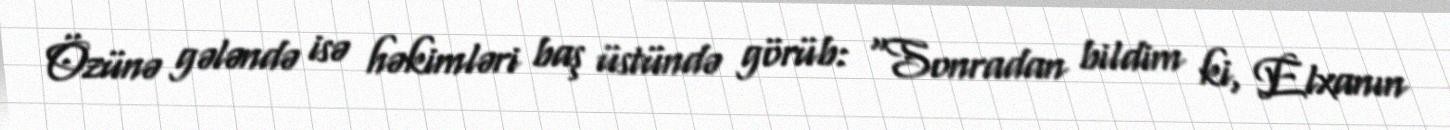
Özünə gələndə isə həkimləri baş üstündə görüb: “Sonradan bildim ki, Elxanın